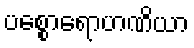
ပစ္စောရောဟဏိယာ